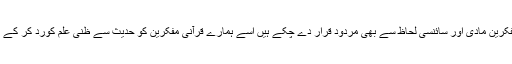
سوچنے کی بات ہے کہ جس نظریہ کو بہت سے مغربی مفکرین مادی اور سائنسی لحاظ سے بھی مردود قرار دے چکے ہیں اسے ہمارے قرآنی مفکرین کو حدیث سے ظنی علم کورد کر کے اس) یقینی علم( کو سینے سے لگانے کی کیاضرورت تھی ۔